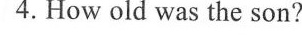
4.How old was the son?